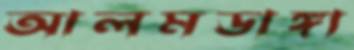
আলমডাঙ্গা